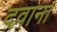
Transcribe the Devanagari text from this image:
दवाना